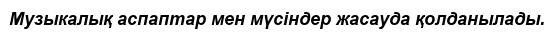
Музыкалық аспаптар мен мүсіндер жасауда қолданылады.